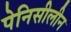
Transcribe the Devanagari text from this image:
पेनिसीलीन